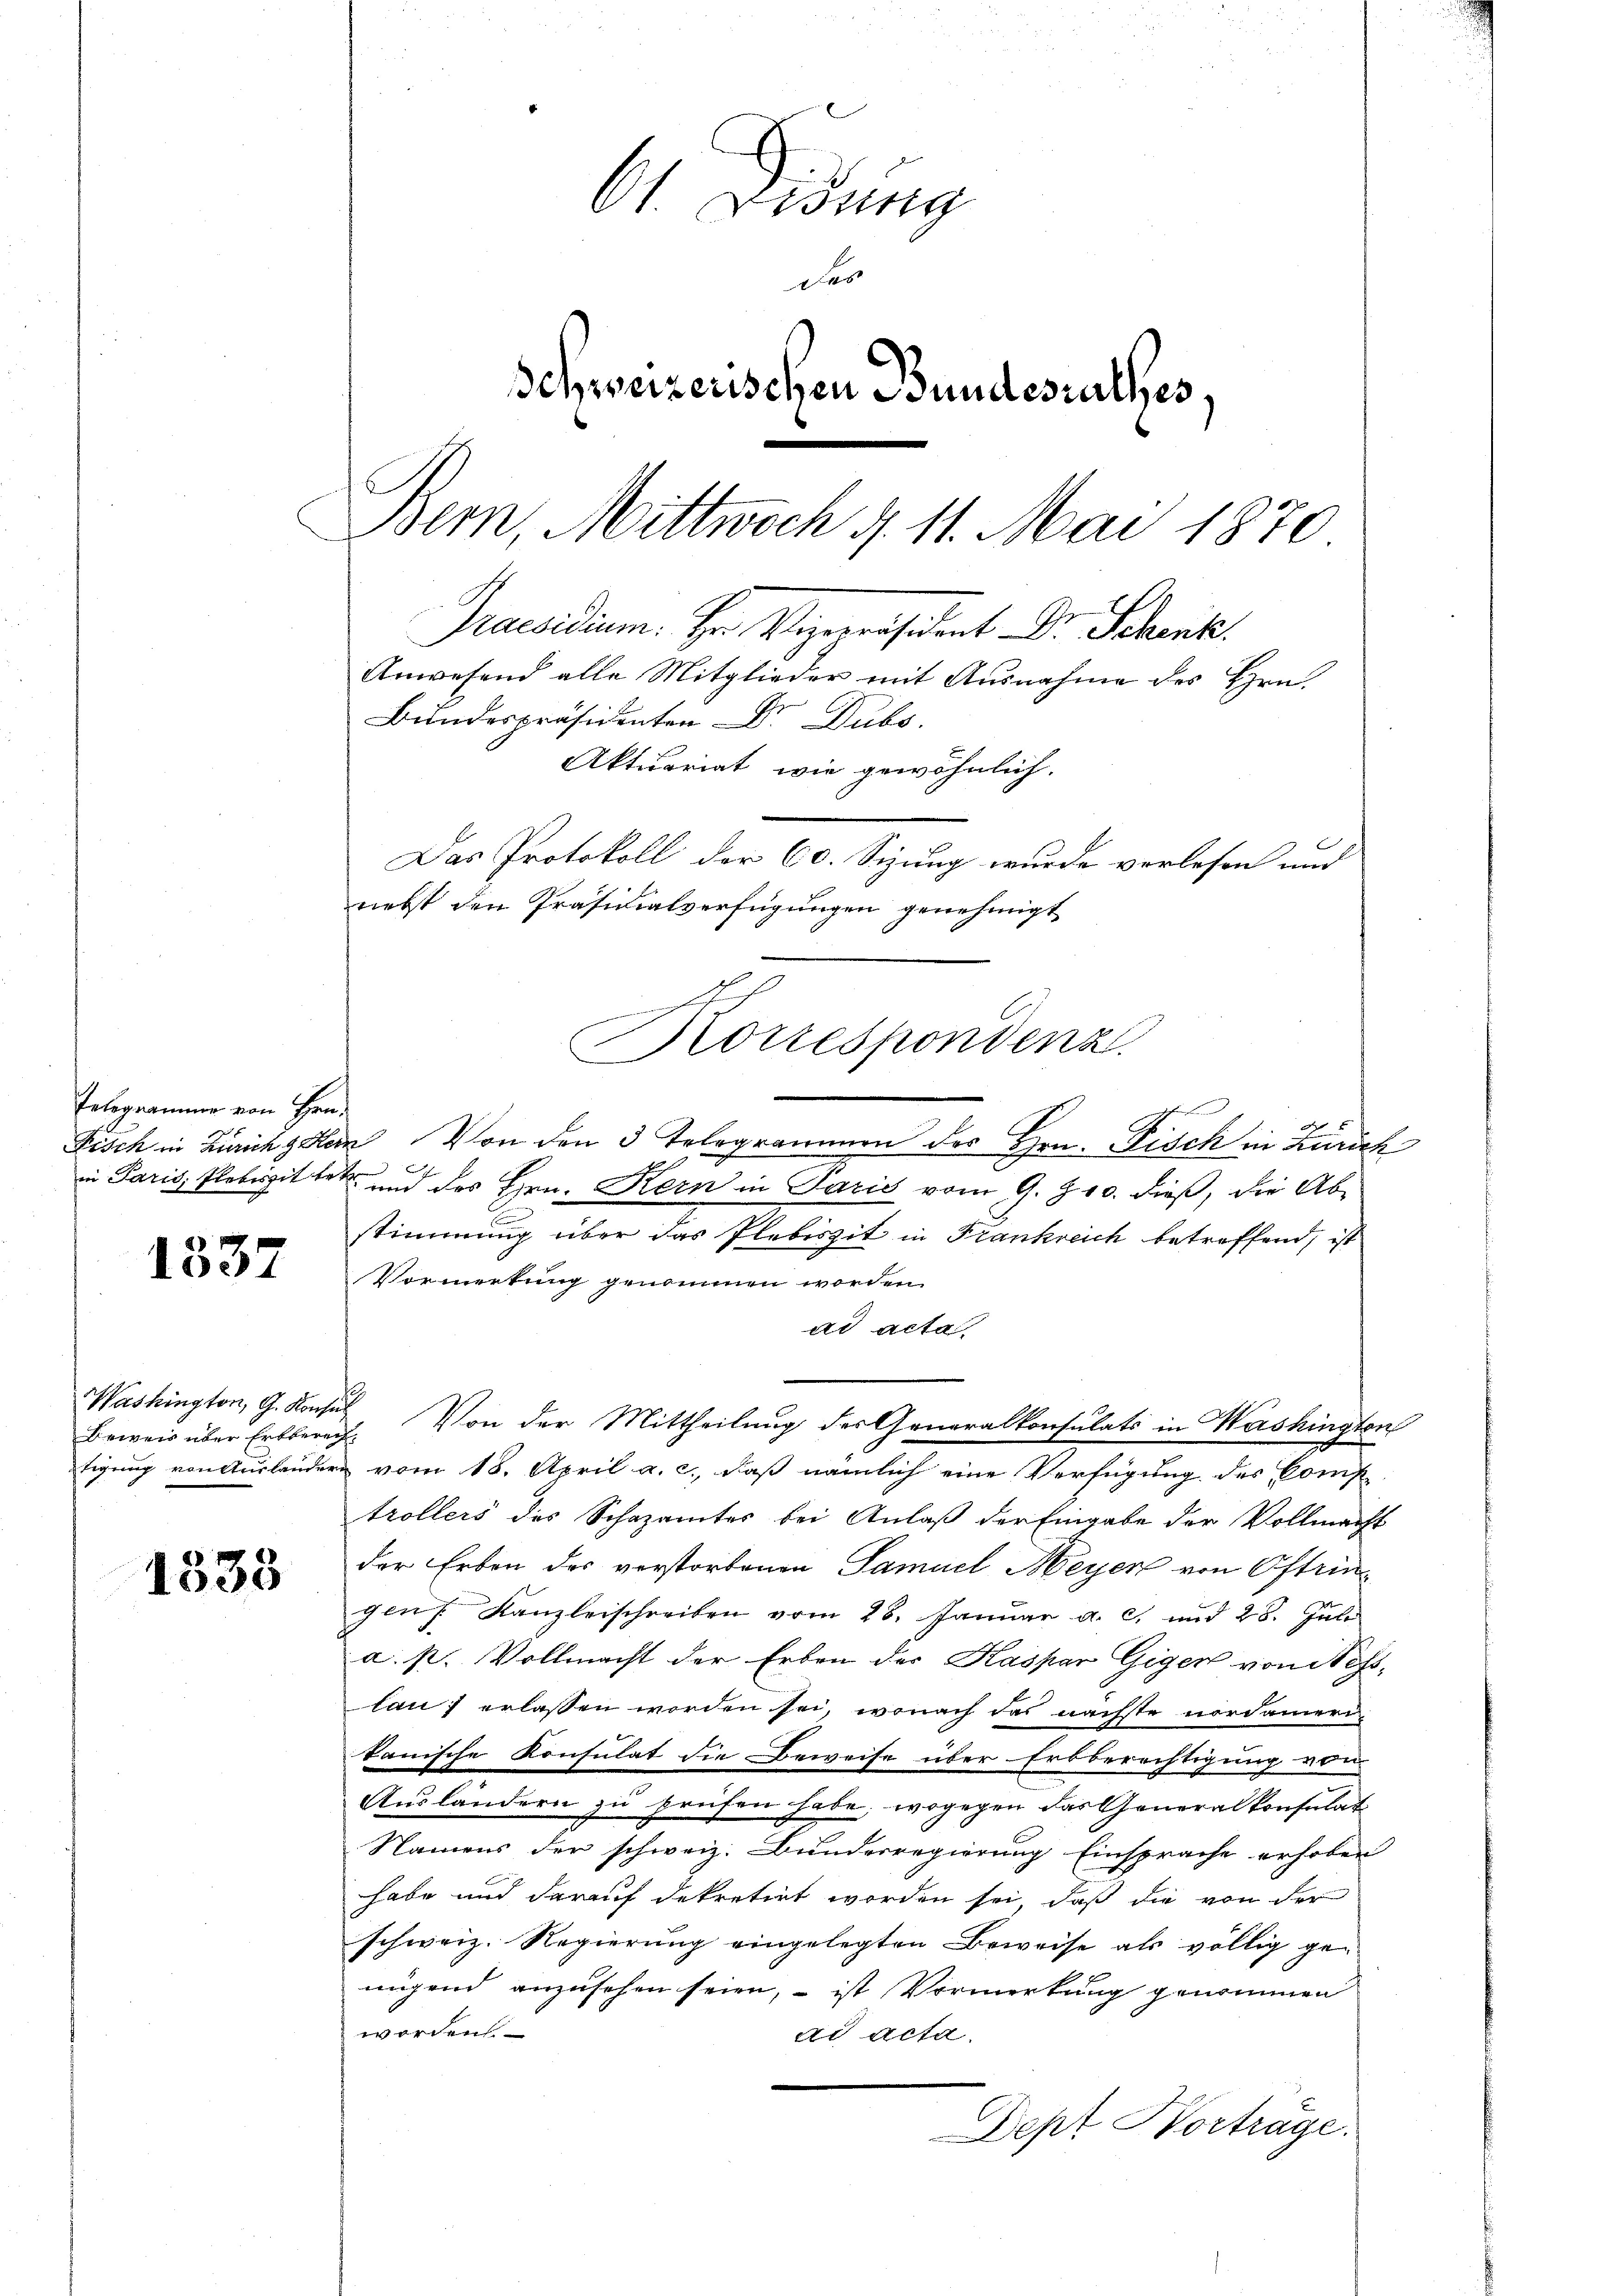
Telegramme von Hrn.

1337

Beweis über Erbberech

1333

61. Didung
des
Schweizerischen Bundesrathes.
Bern, Mittwoch 4. 11. Mai 1870
Praesidium. Hr. Vizepräsident Dr. Schenk.
Anwesend alle Mitglieder mit Ausnahme des Hrn.
Bundespräsidenten Dr. Dubs
Aktuariat, wie gewöhnlich.
Das Protokoll der 60. Sizung wurde verlesen und
nebst den Präsidialverfügungen genehmigt

2
Korrespondenz.

Fisch in Zürich gern Von den 3 Telegrammen des Hrn. Fisch in Zürich

in Paris Plebissittet um des Hrn. Kern in Paris vom 9. Z. 10. dieß, die Ab-
stimmung über das Plebissit in Frankreich betreffend, ist
Vormerkung genommen worden.
ad acta.
tigung von Auslandern vom 18. April a. c., daß nämlich eine Verfügung des Comp
trollers des Schazamtes bei Anlaß der Eingabe der Vollmacht
der Erben des verstorbenen Samuel Meyer von Oftringen Kanzleischreiben vom 28. Januar a. c. und 28. Juli
a. p. Vollmacht der Erben der Kaspar Giger von Sesslauf erlassen worden sei, wonach das nächste nordamern
kanische Konsulat die Beweise über Erbberechtigung von
Auslandern zu prüfen habe, wogegen das Generalkonsulat
Namens der schweiz. Bunderregierung Einsprache erhoben
habe und darauf dekretirt worden sei, daß die von der
schweiz. Regierung eingelegten Beweise als völlig genigend anzusehen seien, – ist Vormerkung genommen
worden
ad acta.
Dept Hortrage.

Washington, G. Konsul. Von der Mittheilung der Generalkonsulats in Washingten